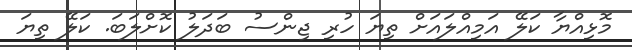
މޮޅިއްޔާ ކަލޭ އަމިއްލައަށް ތިޔަ ހުރި ޖިންސު ބަދަލު ކޮށްލަބަ. ކަލޭ ތިޔަ